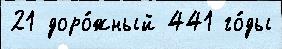
21 доро́жный 441 го́ды